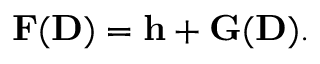
{ \displaystyle { \bf F } ( { \bf D } ) = { \bf h } + { \bf G } ( { \bf D } ) } .